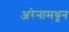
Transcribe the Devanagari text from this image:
अरेनामधून